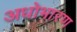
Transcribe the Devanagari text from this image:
अधोभारण